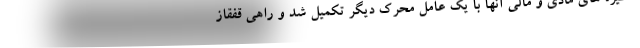
انگیزه های مادی و مالی آنها با یک عامل محرک دیگر تکمیل شد و راهی قفقاز